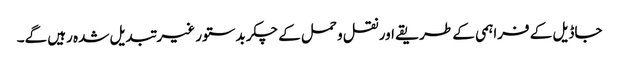
جاڈیل کے فراہمی کے طریقے اور نقل و حمل کے چکر بدستور غیر تبدیل شدہ رہیں گے۔